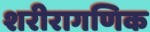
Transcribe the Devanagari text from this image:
शरीरागणिक